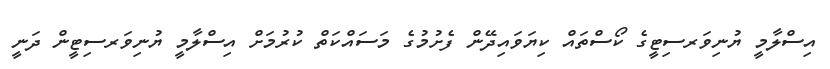
އިސްލާމީ ޔުނިވަރސިޓީގެ ކޯސްތައް ކިޔަވައިދޭން ފެށުމުގެ މަސައްކަތް ކުރުމަށް އިސްލާމީ ޔުނިވަރސިޓީން ދަނީ